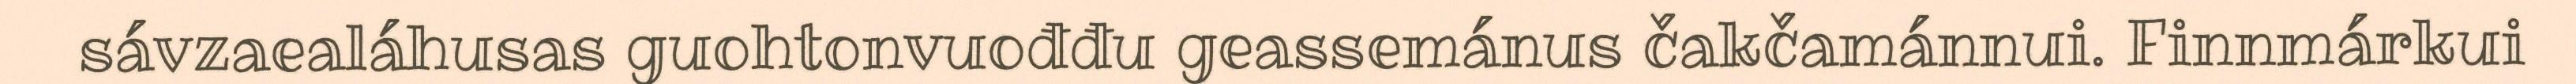
sávzaealáhusas guohtonvuođđu geassemánus čakčamánnui. Finnmárkui